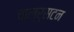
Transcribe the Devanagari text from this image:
चाल्र्सटन